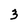
Character: 3